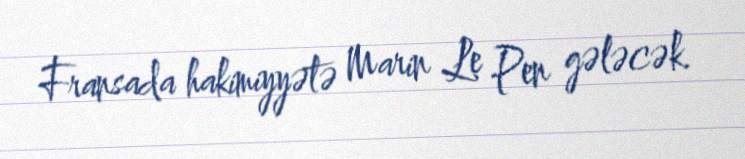
Fransada hakimiyyətə Marin Le Pen gələcək.